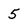
Character: 5